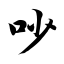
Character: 吵